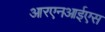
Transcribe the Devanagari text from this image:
आरएनआईएस